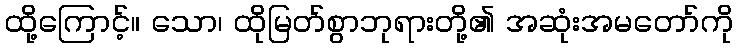
ထို့ကြောင့်။ သော၊ ထိုမြတ်စွာဘုရားတို့၏ အဆုံးအမတော်ကို